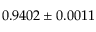
0 . 9 4 0 2 \pm 0 . 0 0 1 1